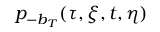
p _ { - b _ { T } } ( \tau , \xi , t , \eta )